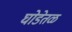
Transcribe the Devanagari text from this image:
घोडेतळ